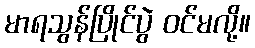
မာရသွန်ပြိုင်ပွဲ ဝင်မလို့။